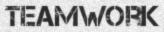
TEAMWORK